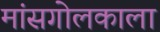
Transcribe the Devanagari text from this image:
मांसगोलकाला